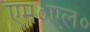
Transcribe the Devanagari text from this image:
एम०एल०